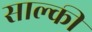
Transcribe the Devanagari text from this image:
साल्की